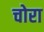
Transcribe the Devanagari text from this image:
चोरा